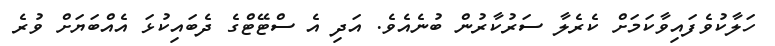
ހަލާކުވެފައިވާކަމަށް ކެރެލާ ސަރުކާރުން ބުނެއެވެ. އަދި އެ ސްޓޭޓްގެ ދެބައިކުޅަ އެއްބަޔަށް ވުރެ